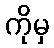
ကိုမှ